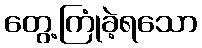
တွေ့ကြုံခဲ့ရသော